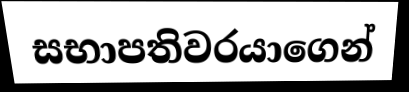
සභාපතිවරයාගෙන්